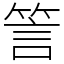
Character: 䇾